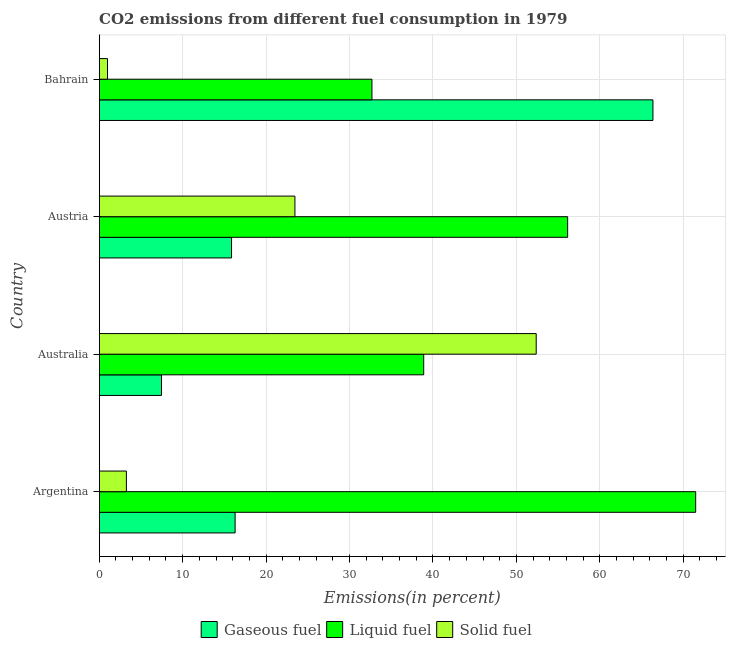
| Country | Gaseous fuel | Liquid fuel | Solid fuel |
 | --- | --- | --- | --- |
 | Argentina | 16.3 | 71.5 | 3.26 |
 | Australia | 7.46 | 38.9 | 52.4 |
 | Austria | 15.9 | 56.1 | 23.5 |
 | Bahrain | 66.4 | 32.7 | 0.992 |